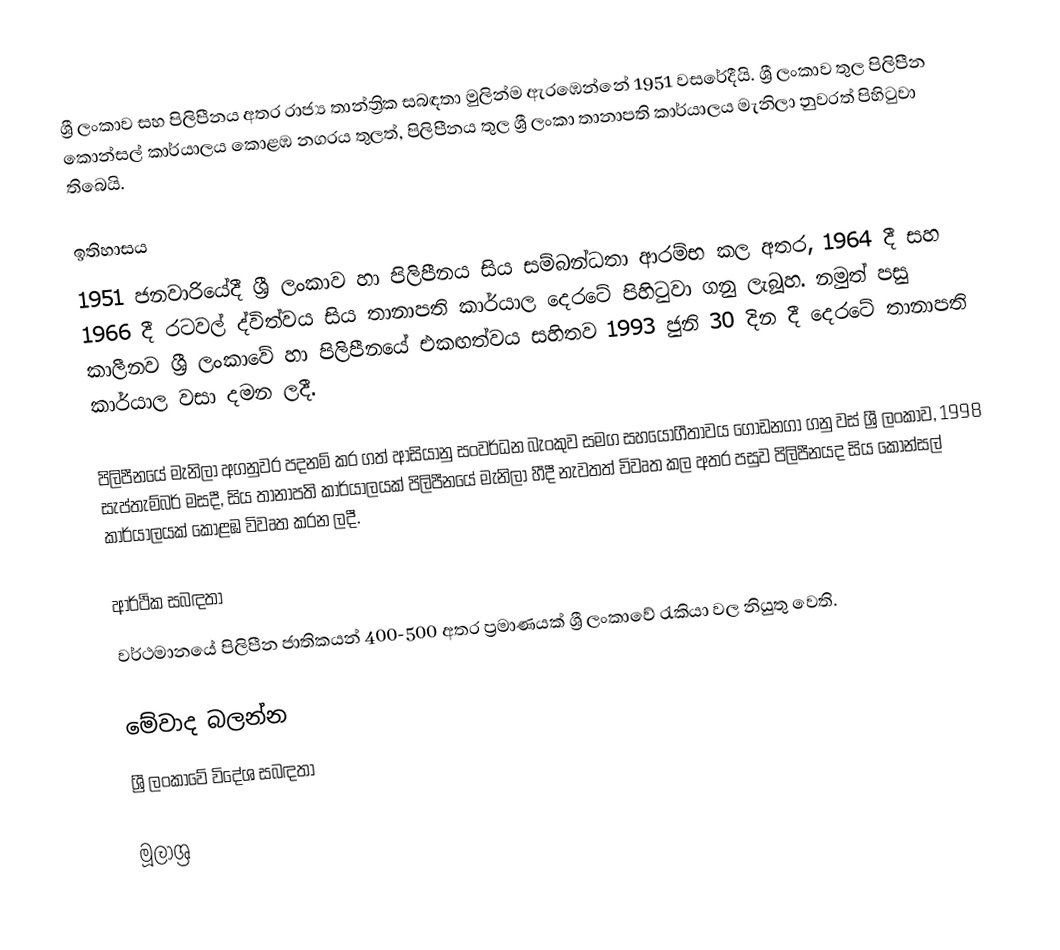
ශ්‍රී ලංකාව සහ පිලිපීනය අතර රාජ්‍ය තාන්ත්‍රික සබඳතා මුලින්ම ඇරඹෙන්නේ 1951 වසරේදීයි. ශ්‍රී ලංකාව තුල පිලිපීන කොන්සල් කාර්යාලය කොළඹ නගරය තුලත්, පිලිපීනය තුල ශ්‍රී ලංකා තානාපති කාර්යාලය මැනිලා නුවරත් පිහිටුවා තිබෙයි.

ඉතිහාසය
1951 ජනවාරියේදී ශ්‍රී ලංකාව හා පිලිපීනය සිය සම්බන්ධතා ආරම්භ කල අතර, 1964 දී සහ 1966 දී රටවල් ද්විත්වය සිය තානාපති කාර්යාල දෙරටේ පිහිටුවා ගනු ලැබූහ. නමුත් පසු කාලීනව ශ්‍රී ලංකාවේ හා පිලිපීනයේ එකඟත්වය සහිතව 1993 ජුනි 30 දින දී දෙරටේ තානාපති කාර්යාල වසා දමන ලදී.

පිලිපීනයේ මැනිලා අගනුවර පදනම් කර ගත් ආසියානු සංවර්ධන බැංකුව සමග සහයෝගීතාවය ගොඩනගා ගනු වස් ශ්‍රී ලංකාව, 1998 සැප්තැම්බර් මසදී, සිය තානාපති කාර්යාලයක් පිලිපීනයේ මැනිලා හීදී නැවතත් විවෘත කල අතර පසුව පිලිපීනයද සිය කොන්සල් කාර්යාලයක් කොළඹ විවෘත කරන ලදී.

ආර්ථික සබඳතා
වර්ථමානයේ පිලිපීන ජාතිකයන් 400-500 අතර ප්‍රමාණයක් ශ්‍රී ලංකාවේ රැකියා වල නියුතු වෙති.

මේවාද බලන්න
ශ්‍රී ලංකාවේ විදේශ සබඳතා

මූලාශ්‍ර